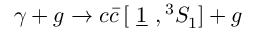
\gamma + g \to c \bar { c } \, [ \mathrm { ~ \underline { { { 1 } } } ~ } , { } ^ { 3 } S _ { 1 } ] + g